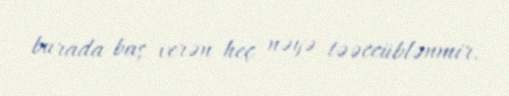
burada baş verən heç nəyə təəccüblənmir.